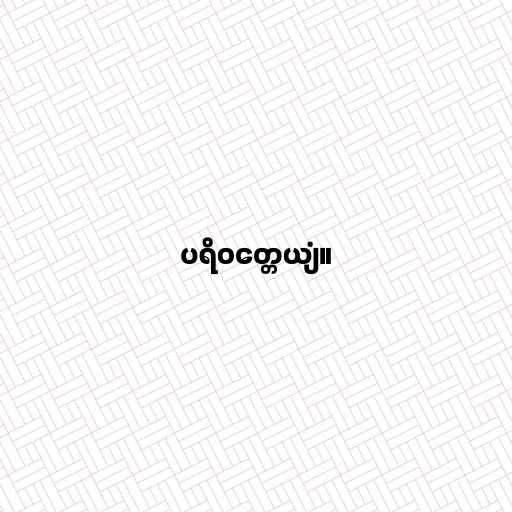
ပရိဝတ္တေယျံ။